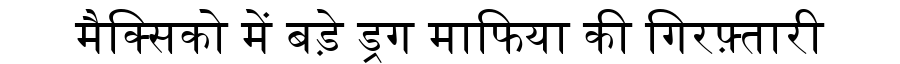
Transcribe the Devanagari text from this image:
मैक्सिको में बड़े ड्रग माफिया की गिरफ़्तारी